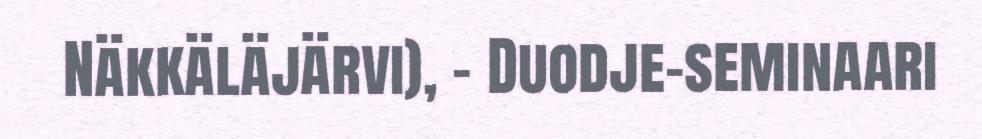
Näkkäläjärvi), - Duodje-seminaari